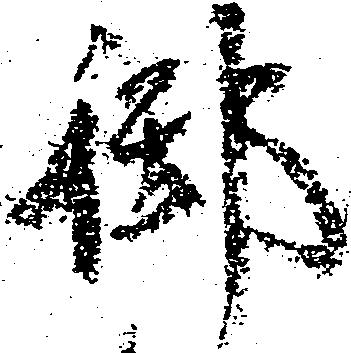
御